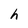
Character: h